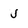
Character: 5